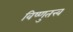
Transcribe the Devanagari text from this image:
विष्णुतत्त्व